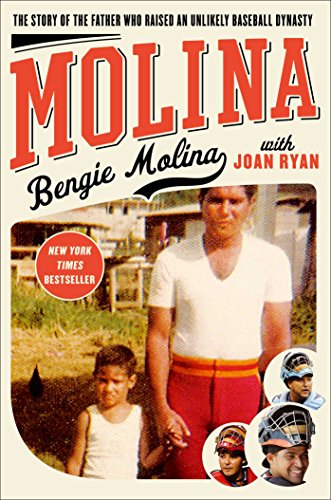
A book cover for Molina: The Story of the Father Who Raised an Unlikely Baseball Dynasty; Bengie Molina; Biographies & Memoirs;